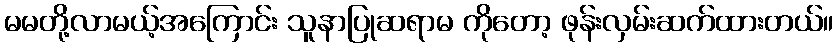
မမတို့လာမယ့်အကြောင်း သူနာပြုဆရာမ ကိုတော့ ဖုန်းလှမ်းဆက်ထားတယ်။